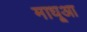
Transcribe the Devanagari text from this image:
माधूआ